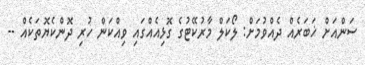
ސަންއަށް ޚަބަރެއް ދެއްވުމަށް: ލޯކަލް މާރުކޭޓުގެ ގޮޅިއެއްގައި ވިއްކަން ހުރި ދޮންކެޔޮތަކެއް --